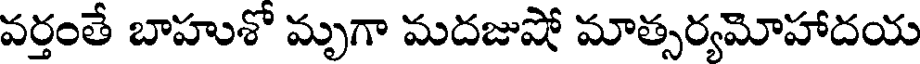
వర్తంతే బాహుశో మృగా మదజుషో మాత్సర్యమోహాదయ